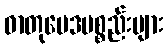
ဓာတုဗေဒပစ္စည်းများ